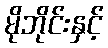
မိုဘိုင်းနှင့်